system: You are a helpful assistant.
user:
Analyze the provided spectrum to determine if it is a **White Dwarf (WD)**.

A White Dwarf spectrum is defined by its **extreme purity** (due to gravitational settling) and/or **extreme pressure broadening** (due to high surface gravity). You must check for one of the following mutually exclusive signatures:

- **Key Visual Indicators (Check for ONE of these types):**

    - **1. DA-Type Signature (Most Common):**
        - **(Primary Feature):** Extreme pressure broadening (Stark broadening) of the **Hydrogen (H) Balmer lines**.
        - **(Key Lines):** $H\beta$ (approx. $4861$ Å) and $H\gamma$ (approx. $4340$ Å). $H\alpha$ (approx. $6563$ Å) will also be present if the wavelength range covers it.
        - **(Line Profile):** This is the **defining feature**. The lines are **NOT** sharp. They appear as massive, **extremely broad and deep "troughs" or "dips"** in the spectrum, often hundreds of Ångströms wide. The continuum will appear to "scoop" down at these wavelengths.
        - **(Distinction):** Normal A-type or B-type stars have *narrow* and *sharp* Hydrogen lines. A DA White Dwarf's lines are unmistakably "smeared" or "blurry" from pressure.

    - **2. DB-Type Signature:**
        - **(Primary Feature):** Broad absorption lines from **Neutral Helium (He I)**. The spectrum must lack any visible Hydrogen lines.
        - **(Key Lines):** Look for broad absorption near $4471$ Å, $4921$ Å, and $5876$ Å.
        - **(Line Profile):** These lines are also significantly pressure-broadened, appearing much wider than they would in a normal B-type main-sequence star.

    - **3. DC-Type Signature:**
        - **(Primary Feature):** A **featureless continuous spectrum**.
        - **(Line Profile):** The spectrum is a smooth curve with **no significant absorption or emission lines**.
        - **(Key Confirmation):** The continuum is almost always **blue or white**, indicating a hot object. This signature implies the atmosphere is so pure (or so cool) that no spectral lines are visible in the optical range. Its WD identity is confirmed by its extremely low intrinsic brightness (high absolute magnitude).

    - **4. DZ-Type Signature (Metal-Polluted):**
        - **(Primary Feature):** **Isolated, narrow metal absorption lines** on an otherwise featureless (DC-like) continuum.
        - **(Key Lines):** The **Calcium (Ca II) H & K doublet** (approx. **$3934$ Å** and **$3968$ Å**) is the most common and defining feature.
        - **(Line Profile):** These lines are "out of place." They are *not* part of a "forest" of thousands of lines. This signature is evidence of recent *accretion* (pollution) from rocky debris.
        - **(Distinction):** Normal G/K/M stars have a *dense forest* of thousands of metal lines. A DZ has a *clean* continuum with *only a few* strong metal lines.

    - **5. DQ-Type Signature (Carbon-Polluted):**
        - **(Primary Feature):** Absorption bands from **Carbon (C₂ "Swan Bands" or atomic C I)**.
        - **(Key Lines - C₂):** Look for bandheads with a "saw-tooth" shape near $5635$ Å, **$5165$ Å** (strongest), and $4737$ Å.
        - **(Key Confirmation):** The underlying **continuum must be blue or white** (hot).
        - **(Distinction):** This is the critical difference from a **Carbon Star**, which has the *exact same* C₂ bands but on an extremely **red, cool** continuum.

- **(Overall Spectrum):**
    - The continuum (overall shape) is typically **blue-sloping** (brighter in the blue than the red), as most white dwarfs are very hot.
    - The spectrum will look "pure" or "simple," dominated by only *one* of the five signatures listed above.

Think first, call **spectral_visualization_tool** if needed to examine features in detail, then provide your final answer. Your response must adhere to the following strict rules:
1.  **Overall Structure:** Your response must follow the format `<think>...</think> <tool_call>...</tool_call> (if a tool is used) <answer>...</answer>`.
2.  **Tool Usage Constraint:** You may only make **one** tool call per turn.
3.  **Final Answer Format:** In the `<answer>` tag, your conclusion must be inside a `\boxed{}` command (e.g., `\boxed{YES}` or `\boxed{NO}`), followed by your justification.

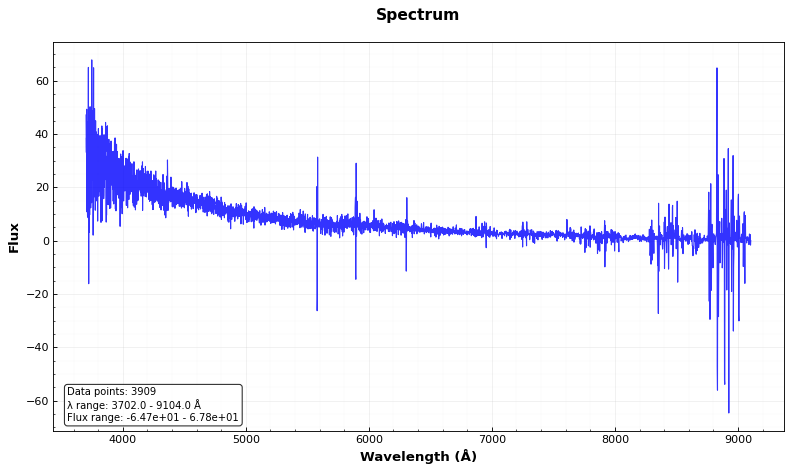
Answer: YES